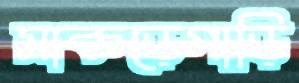
সাকড়েগাড়ি